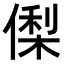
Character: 𬿘